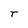
Character: T